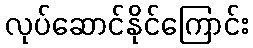
လုပ်ဆောင်နိုင်ကြောင်း